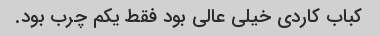
کباب کاردی خیلی عالی بود فقط یکم چرب بود.